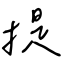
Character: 提